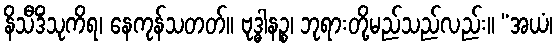
နိသီဒိံသုကိရ၊ နေကုန်သတတ်။ ဗုဒ္ဓါနဉ္စ၊ ဘုရားတို့မည်သည်လည်း။ “အယံ၊